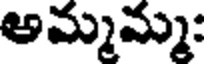
అమ్మమ్మ: